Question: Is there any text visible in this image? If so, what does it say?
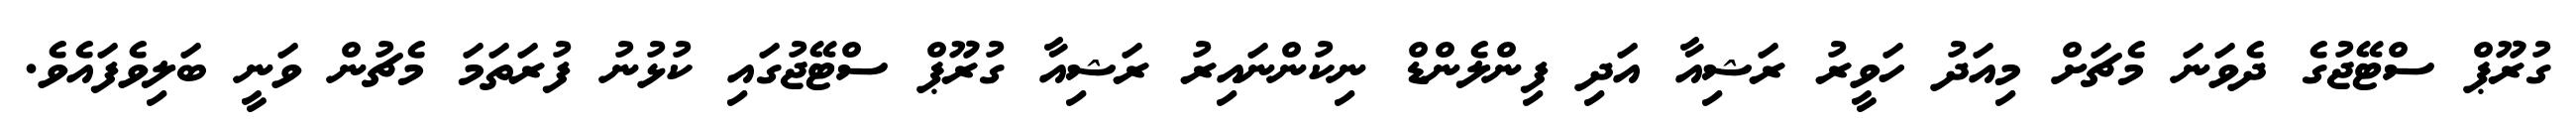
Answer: ގުރޫޕް ސްޓޭޖުގެ ދެވަނަ މެޗަށް މިއަދު ހަވީރު ރަޝިއާ އަދި ފިންލެންޑް ނިކުންނައިރު ރަޝިއާ ގުރޫޕް ސްޓޭޖުގައި ކުޅުނު ފުރަތަމަ މެޗުން ވަނީ ބަލިވެފައެވެ.